65_HS1-834228961_62-HQ-83894_Section_8
Agency: FBI
Page 190
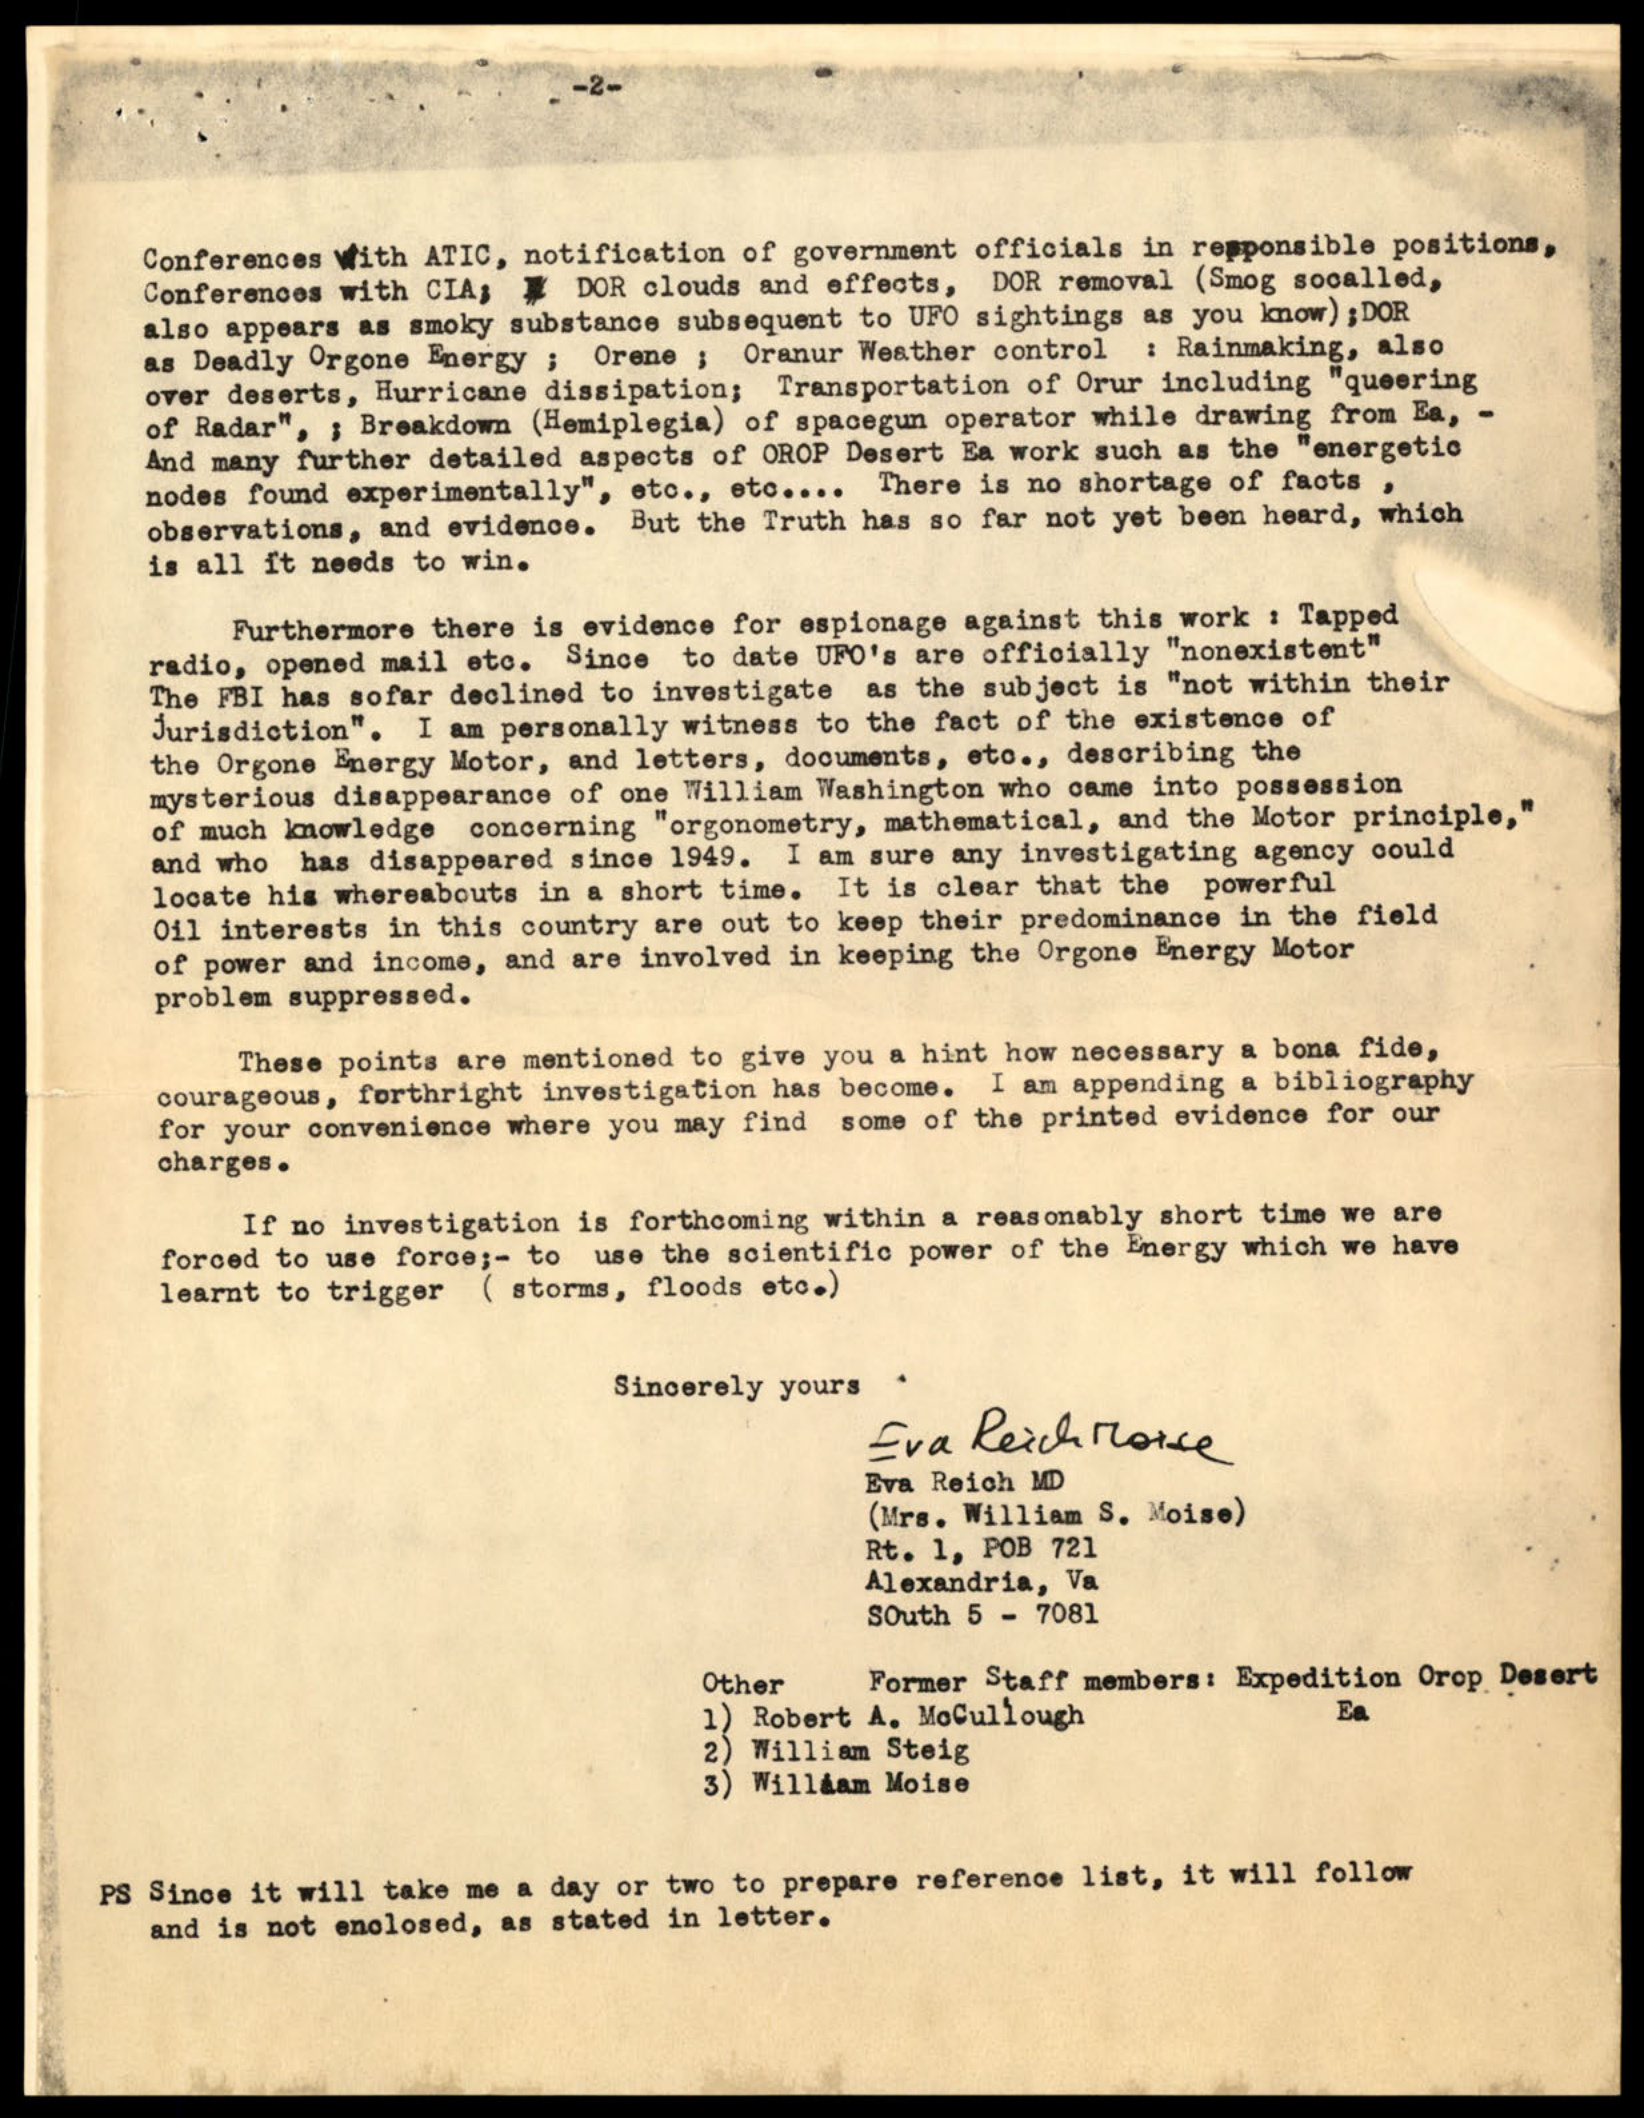